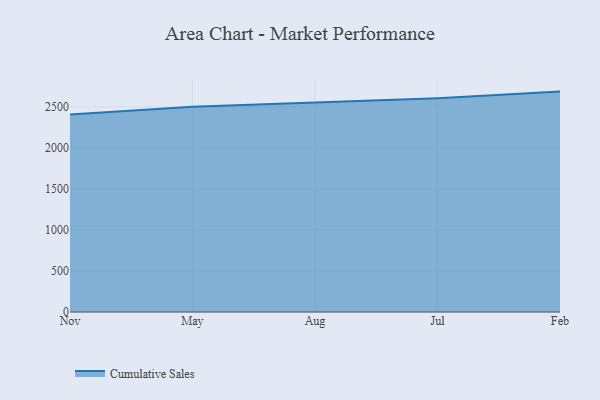
{"axis": {"x": "Month", "y": "Operating Costs (USD K)"}, "legend": ["Cumulative Sales"], "data": [{"x": "Nov", "y": 2409.1, "type": "Cumulative Sales"}, {"x": "May", "y": 2501.1, "type": "Cumulative Sales"}, {"x": "Aug", "y": 2555.5, "type": "Cumulative Sales"}, {"x": "Jul", "y": 2607.0, "type": "Cumulative Sales"}, {"x": "Feb", "y": 2686.9, "type": "Cumulative Sales"}]}